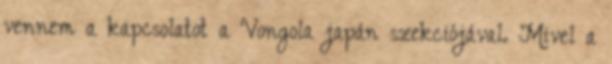
vennem a kapcsolatot a Vongola japán szekciójával. Mivel a